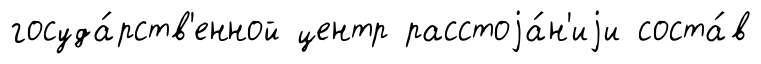
госуда́рств'енной центр расстоjа́н'иjи соста́в